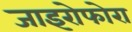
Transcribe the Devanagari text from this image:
जाइरोफोरा